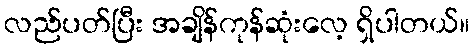
လည်ပတ်ပြီး အချိန်ကုန်ဆုံးလေ့ ရှိပါတယ်။